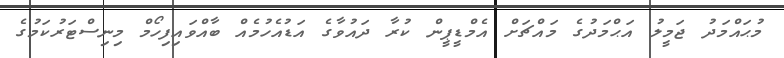
މުޙައްމަދު ޖަމީލު އަޙްމަދުގެ މައްޗަށް އެމްޑީޕީން ކުރާ ދައުވާގެ އަޑުއެހުމެއް ބާއްވައިފިހޯމް މިނިސްޓަރުކަމުގެ